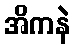
အိကနဲ